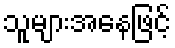
သူများအနေဖြင့်